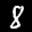
Label: 8